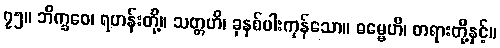
၇၅။ ဘိက္ခဝေ၊ ရဟန်းတို့။ သတ္တဟိ၊ ခုနစ်ပါးကုန်သော။ ဓမ္မေဟိ၊ တရားတို့နှင့်။